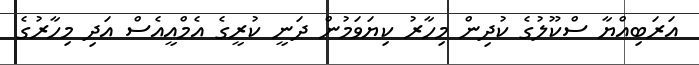
އަރަބިއްޔާ ސްކޫލުގެ ކުދިން މިހާރު ކިޔަވަމުން ދަނީ ކުރީގެ އެމްއީއެސް އަދި މިހާރުގެ